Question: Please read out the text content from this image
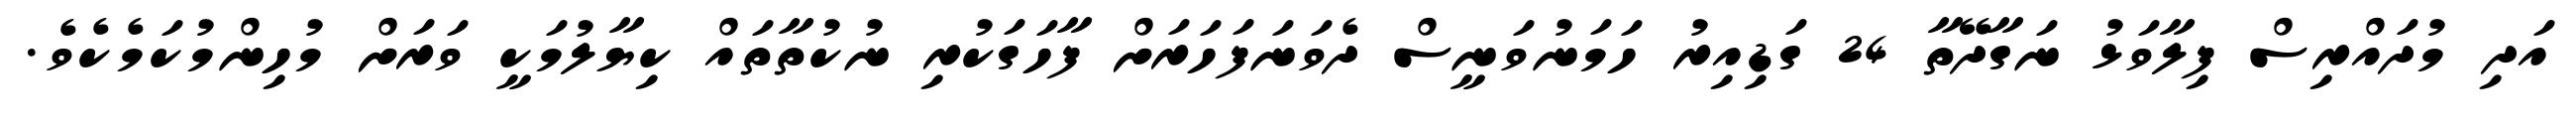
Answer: އަދި މުދައްރިސް ފިލާވަޅު ނަގާދޭތާ 24 ގަޑިއިރު ހަމަނުވަނީސް ދެވަނަފަހަރަށް ފާހަގަކުރި ނުކުތާތައް ކިޔާލުމަކީ ވަރަށް މުހިންމުކަމެކެވެ.